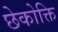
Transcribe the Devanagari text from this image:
छेकोक्ति